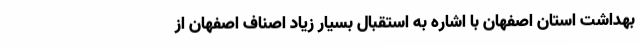
بهداشت استان اصفهان با اشاره به استقبال بسیار زیاد اصناف اصفهان از